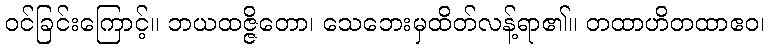
ဝင်ခြင်းကြောင့်။ ဘယထဇ္ဇိတော၊ သေဘေးမှထိတ်လန့်ရာ၏။ တထာဟိတထာဧဝ၊